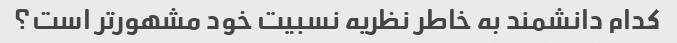
کدام دانشمند به خاطر نظریه نسبیت خود مشهورتر است؟